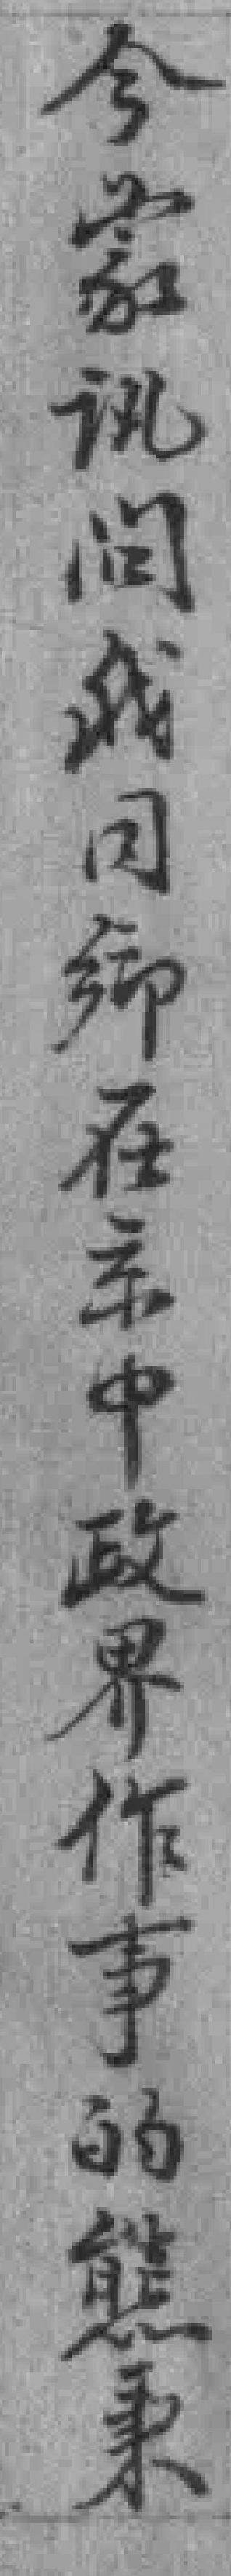
今蒙讯问我同鄉在京中政界作事的熊秉